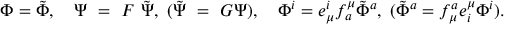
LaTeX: \Phi = \tilde { \Phi } , ~ ~ ~ \Psi ~ = ~ { \cal F } ~ \tilde { \Psi } , ~ ( \tilde { \Psi } ~ = ~ { \cal G } { \Psi } ) , ~ ~ ~ \Phi ^ { i } = e _ { \mu } ^ { i } f _ { a } ^ { \mu } \tilde { \Phi } ^ { a } , ~ ( \tilde { \Phi } ^ { a } = f _ { \mu } ^ { a } e _ { i } ^ { \mu } { \Phi } ^ { i } ) .